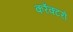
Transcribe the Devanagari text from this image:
करॅक्टरों